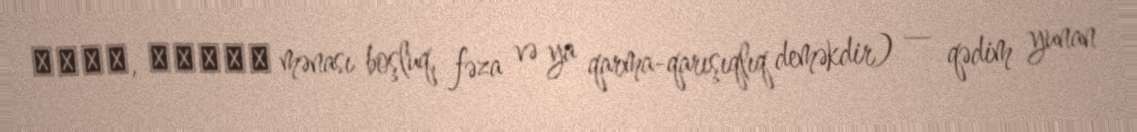
χάος, χαίνω mənası boşluq, fəza və ya qarma-qarışıqlıq deməkdir) — qədim yunan